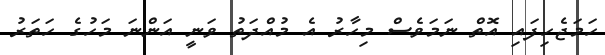
ހަމަޖެހިފައި އޮތް ނަމަވެސް މިހާރު އެ މުއްދަތު ވަނީ އަންނަ މަހުގެ ހަތަރު